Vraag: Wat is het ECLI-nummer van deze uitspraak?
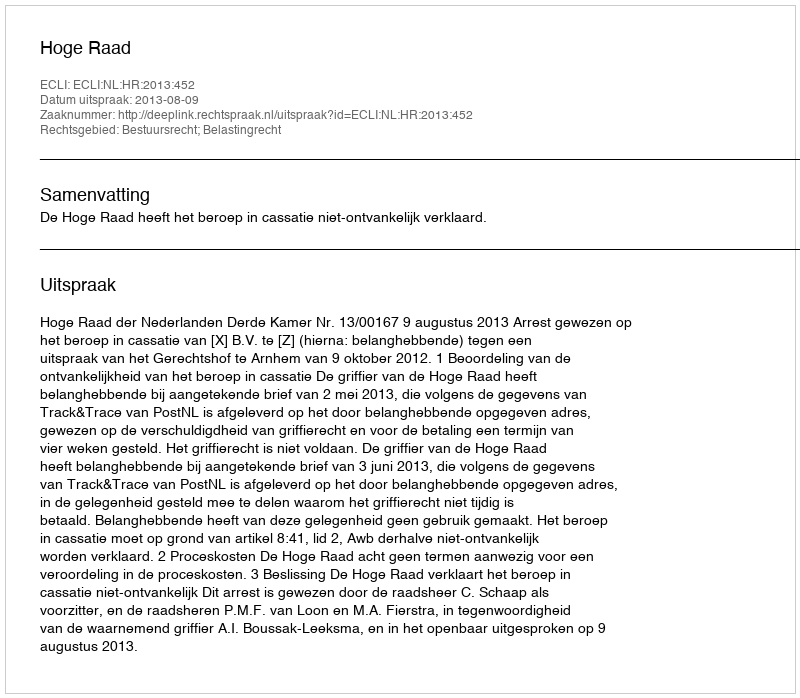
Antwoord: ECLI:NL:HR:2013:452